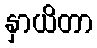
နှာယိတာ